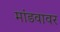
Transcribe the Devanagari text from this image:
मांडवावर